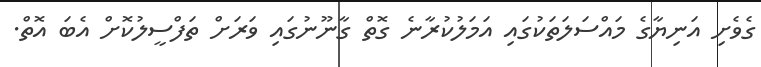
ގެވެށި އަނިޔާގެ މައްސަލަތަކުގައި އަމަލުކުރާނެ ގޮތް ގާނޫނުގައި ވަރަށް ތަފްސީލުކޮށް އެބަ އޮތް.